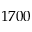
1 7 0 0